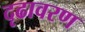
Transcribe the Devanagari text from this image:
दृढावरण